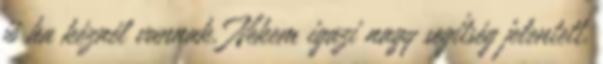
jó ha kéznél vannak. Nekem igazi nagy segítség jelentett,